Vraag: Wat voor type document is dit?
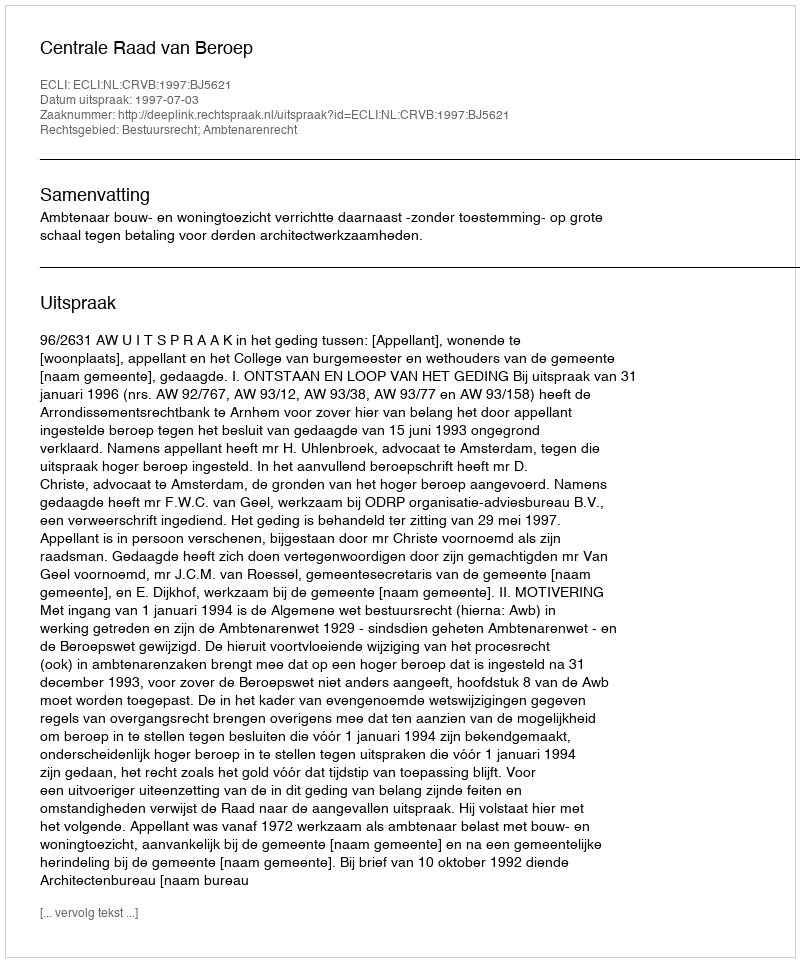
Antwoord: Uitspraak